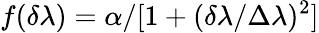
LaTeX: f(\delta\lambda)=\alpha/[1+(\delta\lambda/\Delta\lambda)^{2}]